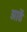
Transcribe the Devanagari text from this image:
आठें